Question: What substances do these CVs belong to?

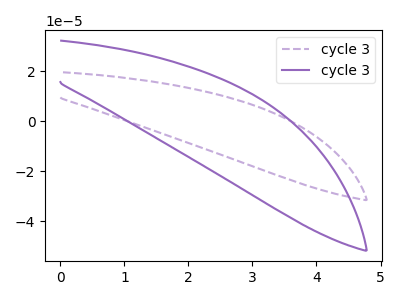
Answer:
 <answer>The purple dashed curve is labeled "cycle 31". The purple curve is labeled "cycle 32".</answer>
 <eval></eval>